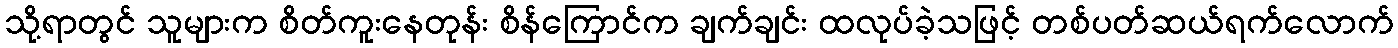
သို့ရာတွင် သူများက စိတ်ကူးနေတုန်း စိန်ကြောင်က ချက်ချင်း ထလုပ်ခဲ့သဖြင့် တစ်ပတ်ဆယ်ရက်လောက်